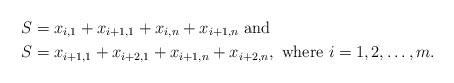
\begin{align*}S &= x_{i,1} + x_{i+1,1} + x_{i,n} + x_{i+1,n} \mbox{ and } \\S &= x_{i+1,1} + x_{i+2,1} + x_{i+1,n} + x_{i+2,n},\mbox{ where } i=1,2,\ldots,m.\end{align*}